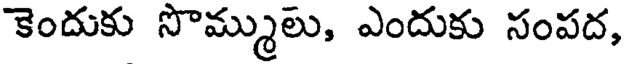
కెందుకు సొమ్ములు, ఎందుకు సంపద,